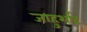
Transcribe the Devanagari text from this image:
जाहुर्शाह